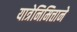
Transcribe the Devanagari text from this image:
यात्रेनिमित्ताने